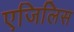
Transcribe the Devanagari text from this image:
एजिलिस